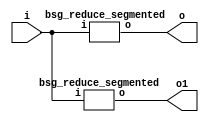


module top
(
  i,
  o,
  o1 // added for decompiling
);

  input [15:0] i;
  output [0:0] o;
  output [0:0] o1; // added for decompiling

  bsg_reduce_segmented
  wrapper
  (
    .i(i),
    .o(o)
  );

  bsg_reduce_segmented
  wrapper1
  (
    .i(i),
    .o(o1) // added for decompiling
  );


endmodule



module bsg_reduce_segmented
(
  i,
  o
);

  input [15:0] i;
  output [0:0] o;
  wire [0:0] o;
  wire N0,N1,N2,N3,N4,N5,N6,N7,N8,N9,N10,N11,N12,N13;
  assign o[0] = N13 ^ i[0];
  assign N13 = N12 ^ i[1];
  assign N12 = N11 ^ i[2];
  assign N11 = N10 ^ i[3];
  assign N10 = N9 ^ i[4];
  assign N9 = N8 ^ i[5];
  assign N8 = N7 ^ i[6];
  assign N7 = N6 ^ i[7];
  assign N6 = N5 ^ i[8];
  assign N5 = N4 ^ i[9];
  assign N4 = N3 ^ i[10];
  assign N3 = N2 ^ i[11];
  assign N2 = N1 ^ i[12];
  assign N1 = N0 ^ i[13];
  assign N0 = i[15] ^ i[14];

endmodule